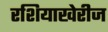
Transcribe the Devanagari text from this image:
रशियाखेरीज